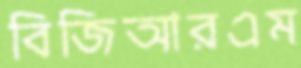
বিজিআরএম